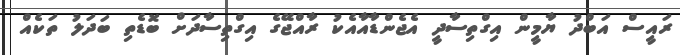
ރައީސް އަބްދު ޔާމީން އިގްތިސާދީ އެޖެންޑާއާއެކު ރާއްޖޭގެ އިގްތިސާދަށް ބޮޑެތި ބަދަލު ތަކެއް